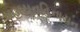
મહાયનહિનાયન